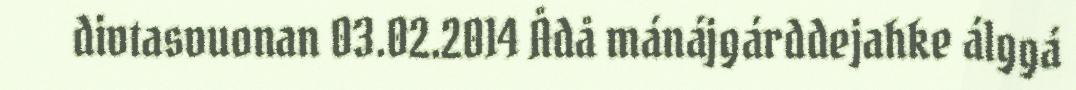
divtasvuonan 03.02.2014 Ådå mánájgárddejahke álggá